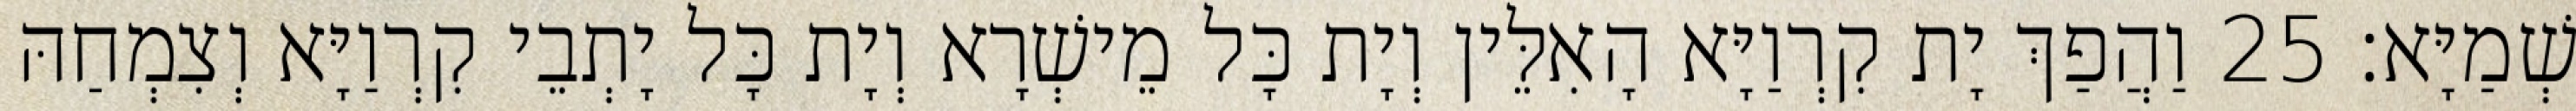
שְׁמַיָּא׃ 25 וַהֲפַךְ יָת קִרְוַיָּא הָאִלֵּין וְיָת כָּל מֵישְׁרָא וְיָת כָּל יָתְבֵי קִרְוַיָּא וְצִמְחַהּ